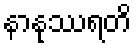
နာနုဿရတိ